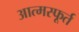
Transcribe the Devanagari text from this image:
आत्मस्फूर्त